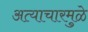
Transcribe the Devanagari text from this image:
अत्याचारमुळे